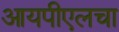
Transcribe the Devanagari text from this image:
आयपीएलचा